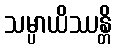
သမ္ပာယိဿန္တိ